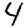
Digit: 4